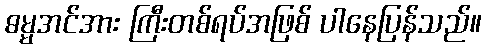
ဓမ္မအင်အား ကြီးတစ်ရပ်အဖြစ် ပါနေပြန်သည်။